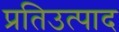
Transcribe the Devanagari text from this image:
प्रतिउत्पाद